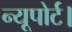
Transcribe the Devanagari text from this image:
न्यूपोर्ट।